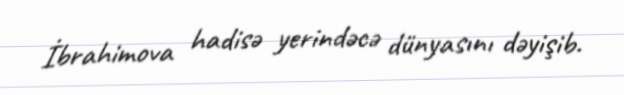
İbrahimova hadisə yerindəcə dünyasını dəyişib.